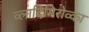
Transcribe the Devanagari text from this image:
व्लादिमिरोव्का